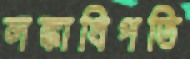
লঙ্কাধিপতি